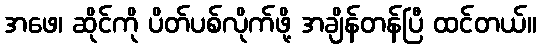
အဖေ၊ ဆိုင်ကို ပိတ်ပစ်လိုက်ဖို့ အချိန်တန်ပြီ ထင်တယ်။